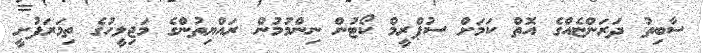
ސާބިތު ދަރަންޏެއްގެ އޮތް ކަމަށް ސުޕްރީމް ކޯޓުން ނިންމުމުން ރައްޔިތުންގެ މަޖިލީހުގެ ތިމަރަފުށީ